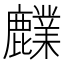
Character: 𪋫